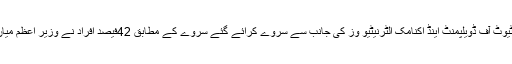
تفصیلات کے مطابق ریسرچ کے غیر سرکاری ادارے انسٹی ٹیوٹ آف ڈویلپمنٹ اینڈ اکنامک الٹرنیٹیو وز کی جانب سے سروے کرائے گئے سروے کے مطابق 42فیصد افراد نے وزیر اعظم میاں محمد نواز شریف کو دیانت دار ترین رہنماءقرار دے دیا ہے۔